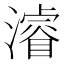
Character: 濬